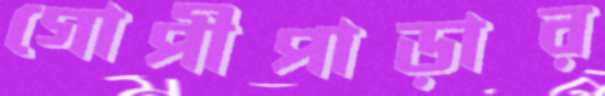
গোপীপাড়ার